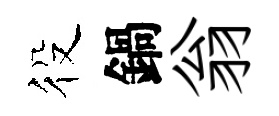
役鍋翁